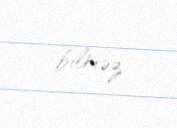
bilməz.